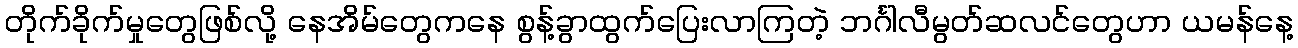
တိုက်ခိုက်မှုတွေဖြစ်လို့ နေအိမ်တွေကနေ စွန့်ခွာထွက်ပြေးလာကြတဲ့ ဘင်္ဂါလီမွတ်ဆလင်တွေဟာ ယမန်နေ့